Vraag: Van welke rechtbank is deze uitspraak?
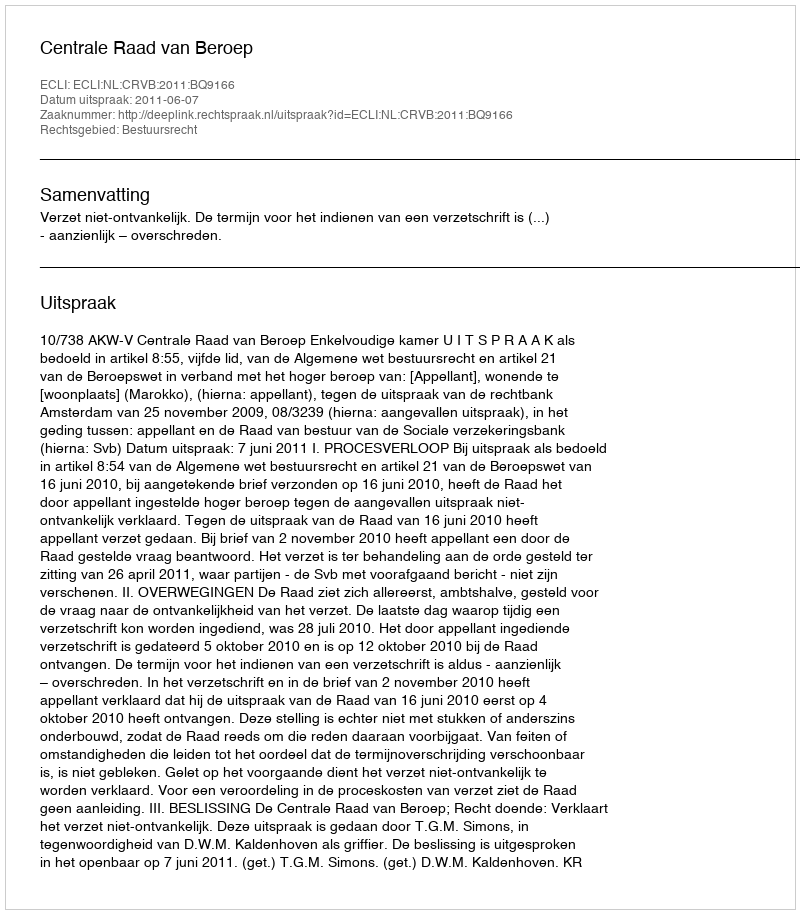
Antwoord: Centrale Raad van Beroep